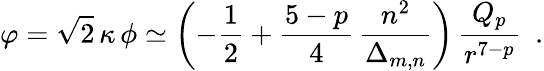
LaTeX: \varphi=\sqrt{2}\, \kappa\, \phi\simeq\left(-\frac{1}{2}+\frac{5-p}{4}\, \frac{n^{2}}{\Delta_{m,n}}\right)\, \frac{Q_{p}}{r^{7-p}}~~.